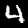
Digit: 4